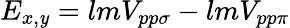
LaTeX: E_{x,\mathit{y}}=lmV_{pp\sigma}-lmV_{pp\pi}